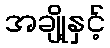
အချို့နှင့်